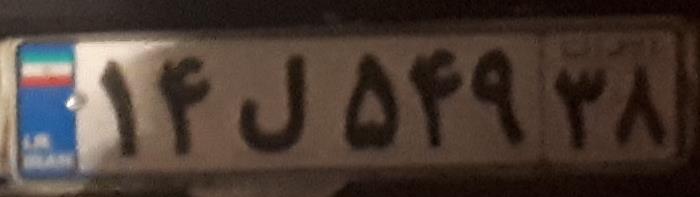
۱۴ل۵۴۹۳۸